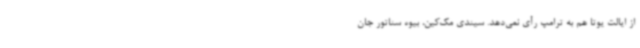
از ایالت یوتا هم به ترامپ رأی نمی‌دهد. سیندی مک‌کین، بیوه سناتور جان